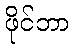
ဖိုင်ဘာ